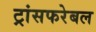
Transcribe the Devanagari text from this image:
ट्रांसफरेबल